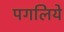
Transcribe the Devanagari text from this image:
पगलिये